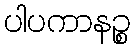
ပါပကာနဉ္စ